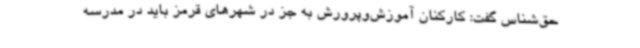
حق‌شناس گفت: کارکنان آموزش‌وپرورش به جز در شهرهای قرمز باید در مدرسه